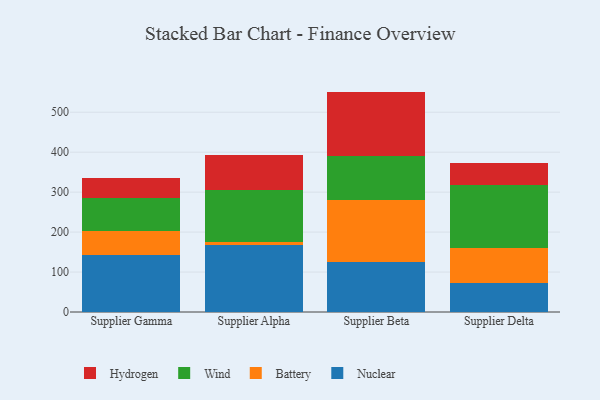
{"axis": {"x": "Supplier", "y": "Revenue (USD Million)"}, "legend": ["Battery", "Hydrogen", "Nuclear", "Wind"], "data": [{"x": "Supplier Gamma", "y": 143.7, "type": "Nuclear"}, {"x": "Supplier Gamma", "y": 58.3, "type": "Battery"}, {"x": "Supplier Gamma", "y": 83.6, "type": "Wind"}, {"x": "Supplier Gamma", "y": 49.4, "type": "Hydrogen"}, {"x": "Supplier Alpha", "y": 166.9, "type": "Nuclear"}, {"x": "Supplier Alpha", "y": 7.8, "type": "Battery"}, {"x": "Supplier Alpha", "y": 130.6, "type": "Wind"}, {"x": "Supplier Alpha", "y": 88.3, "type": "Hydrogen"}, {"x": "Supplier Beta", "y": 126.3, "type": "Nuclear"}, {"x": "Supplier Beta", "y": 154.0, "type": "Battery"}, {"x": "Supplier Beta", "y": 109.2, "type": "Wind"}, {"x": "Supplier Beta", "y": 162.1, "type": "Hydrogen"}, {"x": "Supplier Delta", "y": 72.8, "type": "Nuclear"}, {"x": "Supplier Delta", "y": 87.4, "type": "Battery"}, {"x": "Supplier Delta", "y": 158.5, "type": "Wind"}, {"x": "Supplier Delta", "y": 54.3, "type": "Hydrogen"}]}